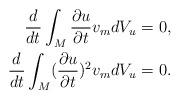
LaTeX: \begin{align*}\frac{d}{dt} \int_M \frac{\partial u}{\partial t} v_m dV_u =&\ 0,\\\frac{d}{dt} \int_M (\frac{\partial u}{\partial t})^2 v_m dV_u =&\ 0.\end{align*}